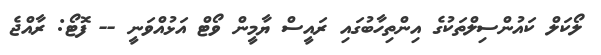
ލޯކަލް ކައުންސިލްތަކުގެ އިންތިހާބުގައި ރައީސް ޔާމީން ވޯޓް އަޅުއްވަނީ -- ފޮޓޯ: ރާއްޖެ